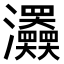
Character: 𤅹